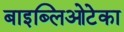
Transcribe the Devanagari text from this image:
बाइब्लिओटेका